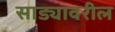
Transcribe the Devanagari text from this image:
साड्यावरील